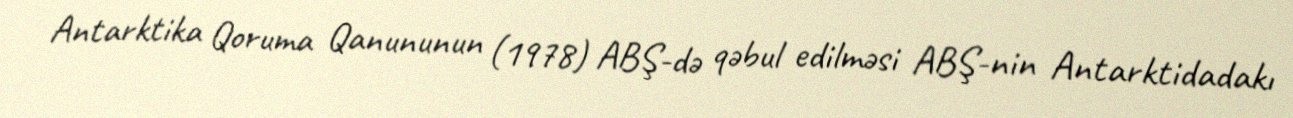
Antarktika Qoruma Qanununun (1978) ABŞ-də qəbul edilməsi ABŞ-nin Antarktidadakı